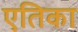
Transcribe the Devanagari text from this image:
एतिका